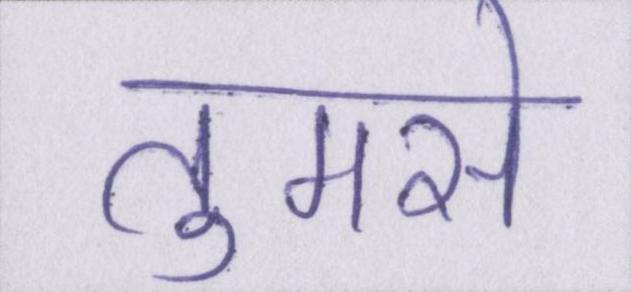
तुमसे